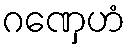
ဂဏှေဟံ